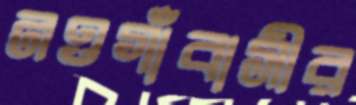
নওগাঁবাসীর